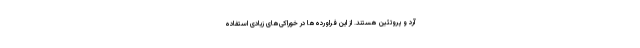
آرد و پروتئین هستند. از این فراورده‌ها در خوراکی‌های زیادی استفاده